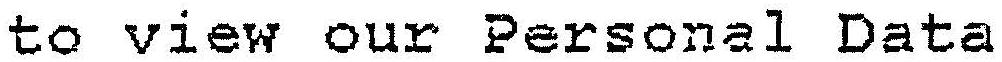
TO VIEW OUR PERSONAL DATE